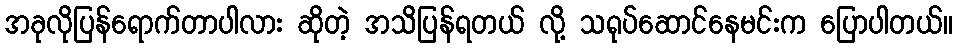
အခုလိုပြန်ရောက်တာပါလား ဆိုတဲ့ အသိပြန်ရတယ် လို့ သရုပ်ဆောင်နေမင်းက ပြောပါတယ်။